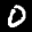
Label: 0